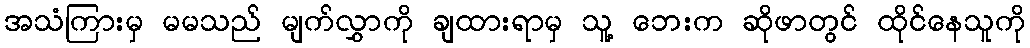
အသံကြားမှ မမသည် မျက်လွှာကို ချထားရာမှ သူ့ ဘေးက ဆိုဖာတွင် ထိုင်နေသူကို